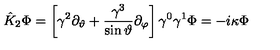
{ \hat { K } } _ { 2 } \Phi = \left[ \gamma ^ { 2 } \partial _ { \vartheta } + \frac { \gamma ^ { 3 } } { \sin \vartheta } \partial _ { \varphi } \right] \gamma ^ { 0 } \gamma ^ { 1 } \Phi = - i \kappa \Phi